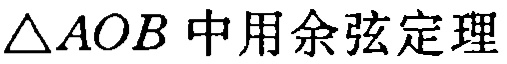
$\triangle AOB\text{ 中用余弦定理}$